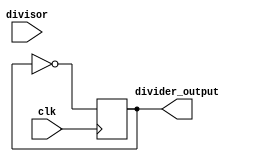
module floating_point_clock_divider (
    input wire clk,
    input wire [31:0] divisor,
    output reg divider_output
);

reg [31:0] division_factor;

always @ (posedge clk) begin
    division_factor <= divisor;
    divider_output <= ~divider_output;
end

endmodule